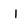
Character: I